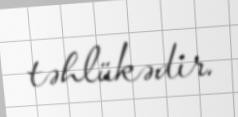
təhlükədir.